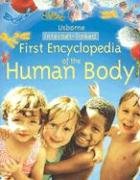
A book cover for First Encyclopedia of the Human Body Internet Linked (First Encyclopedias); Fiona Chandler; Reference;